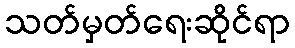
သတ်မှတ်ရေးဆိုင်ရာ